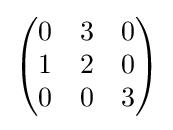
{\begin{pmatrix}0&3&0\\1&2&0\\0&0&3\end{pmatrix}}